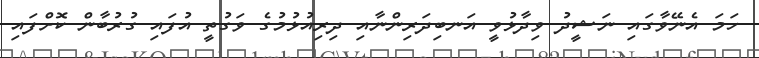
ހަމަ އެނޭވާގައި ނަޝީދު ވިދާޅުވީ އަނބިދަރިންނާއި ދިރިއުޅުމުގެ ވަގުތީ އުފައި ގުރުބާން ކޮށްފައި